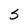
Character: S